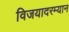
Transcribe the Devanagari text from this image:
विजयादरम्यान